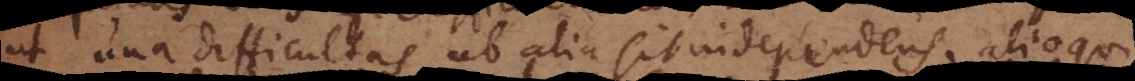
ut una difficultas ab alia sit independens, alioqui